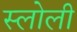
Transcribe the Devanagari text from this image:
स्लोली